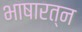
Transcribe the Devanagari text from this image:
भाषारत्न